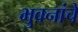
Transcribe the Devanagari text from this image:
भुवनांचे